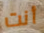
أنت